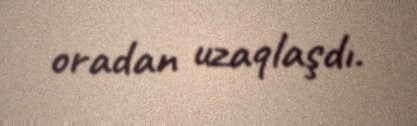
oradan uzaqlaşdı.